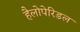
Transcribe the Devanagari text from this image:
हैलोपेरिडल